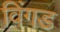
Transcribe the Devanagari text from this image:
विंगड